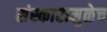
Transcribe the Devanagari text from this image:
संस्कारामुळेच